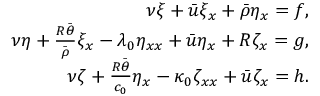
\begin{array} { r } { \nu \xi + \bar { u } \xi _ { x } + \bar { \rho } \eta _ { x } = f , } \\ { \nu \eta + \frac { R \bar { \theta } } { \bar { \rho } } \xi _ { x } - \lambda _ { 0 } \eta _ { x x } + \bar { u } \eta _ { x } + R \zeta _ { x } = g , } \\ { \nu \zeta + \frac { R \bar { \theta } } { c _ { 0 } } \eta _ { x } - \kappa _ { 0 } \zeta _ { x x } + \bar { u } \zeta _ { x } = h . } \end{array}